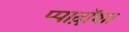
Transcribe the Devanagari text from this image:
प्पाद़ॉशा